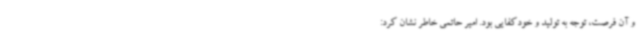
و آن فرصت، توجه به تولید و خودکفایی بود. امیر حاتمی خاطر نشان کرد: